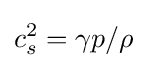
c_{s}^{2}=\gamma p/\rho